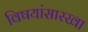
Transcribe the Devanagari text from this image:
विषयांसारखा